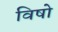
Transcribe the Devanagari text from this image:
विषो